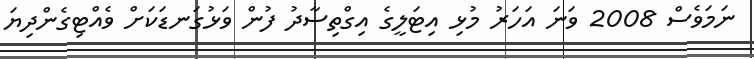
ނަމަވެސް 2008 ވަނަ އަހަރު މުޅި އިޓަލީގެ އިގްތިސާދު ފުން ވަޅުގަނޑަކަށް ވެއްޓިގެންދިޔަ